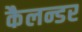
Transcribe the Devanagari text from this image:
कैलन्डर